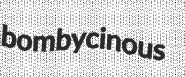
bombycinous